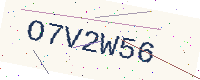
Text: O7V2W56